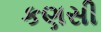
કણસી